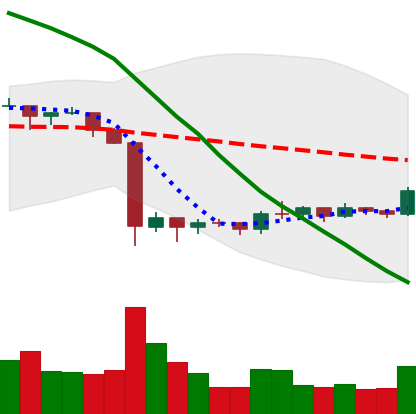
Ticker: EOS-USD
Chart end date: 2019-10-07
Forward return: -3.403%
Label: down_3_5